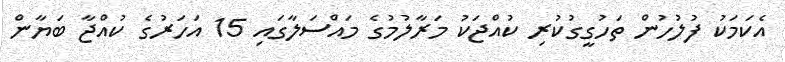
އެކަމަކު ފުލުހުން ތަހުގީގުކުރި ކުއްޖަކު މަރާލުމުގެ މައްސަލާގައި 15 އަހަރުގެ ކުއްޖާ ބަޔާން